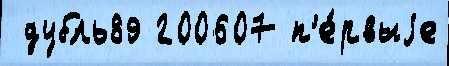
 дубль89 200607 п'е́рвыjе